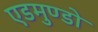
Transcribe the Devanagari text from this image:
एडमुण्डो